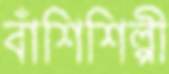
বাঁশিশিল্পী